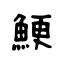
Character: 鯁